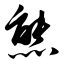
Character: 熊